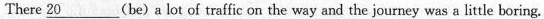
There 20___ (be)a lot of traffic on the way and the journey was a little boring.